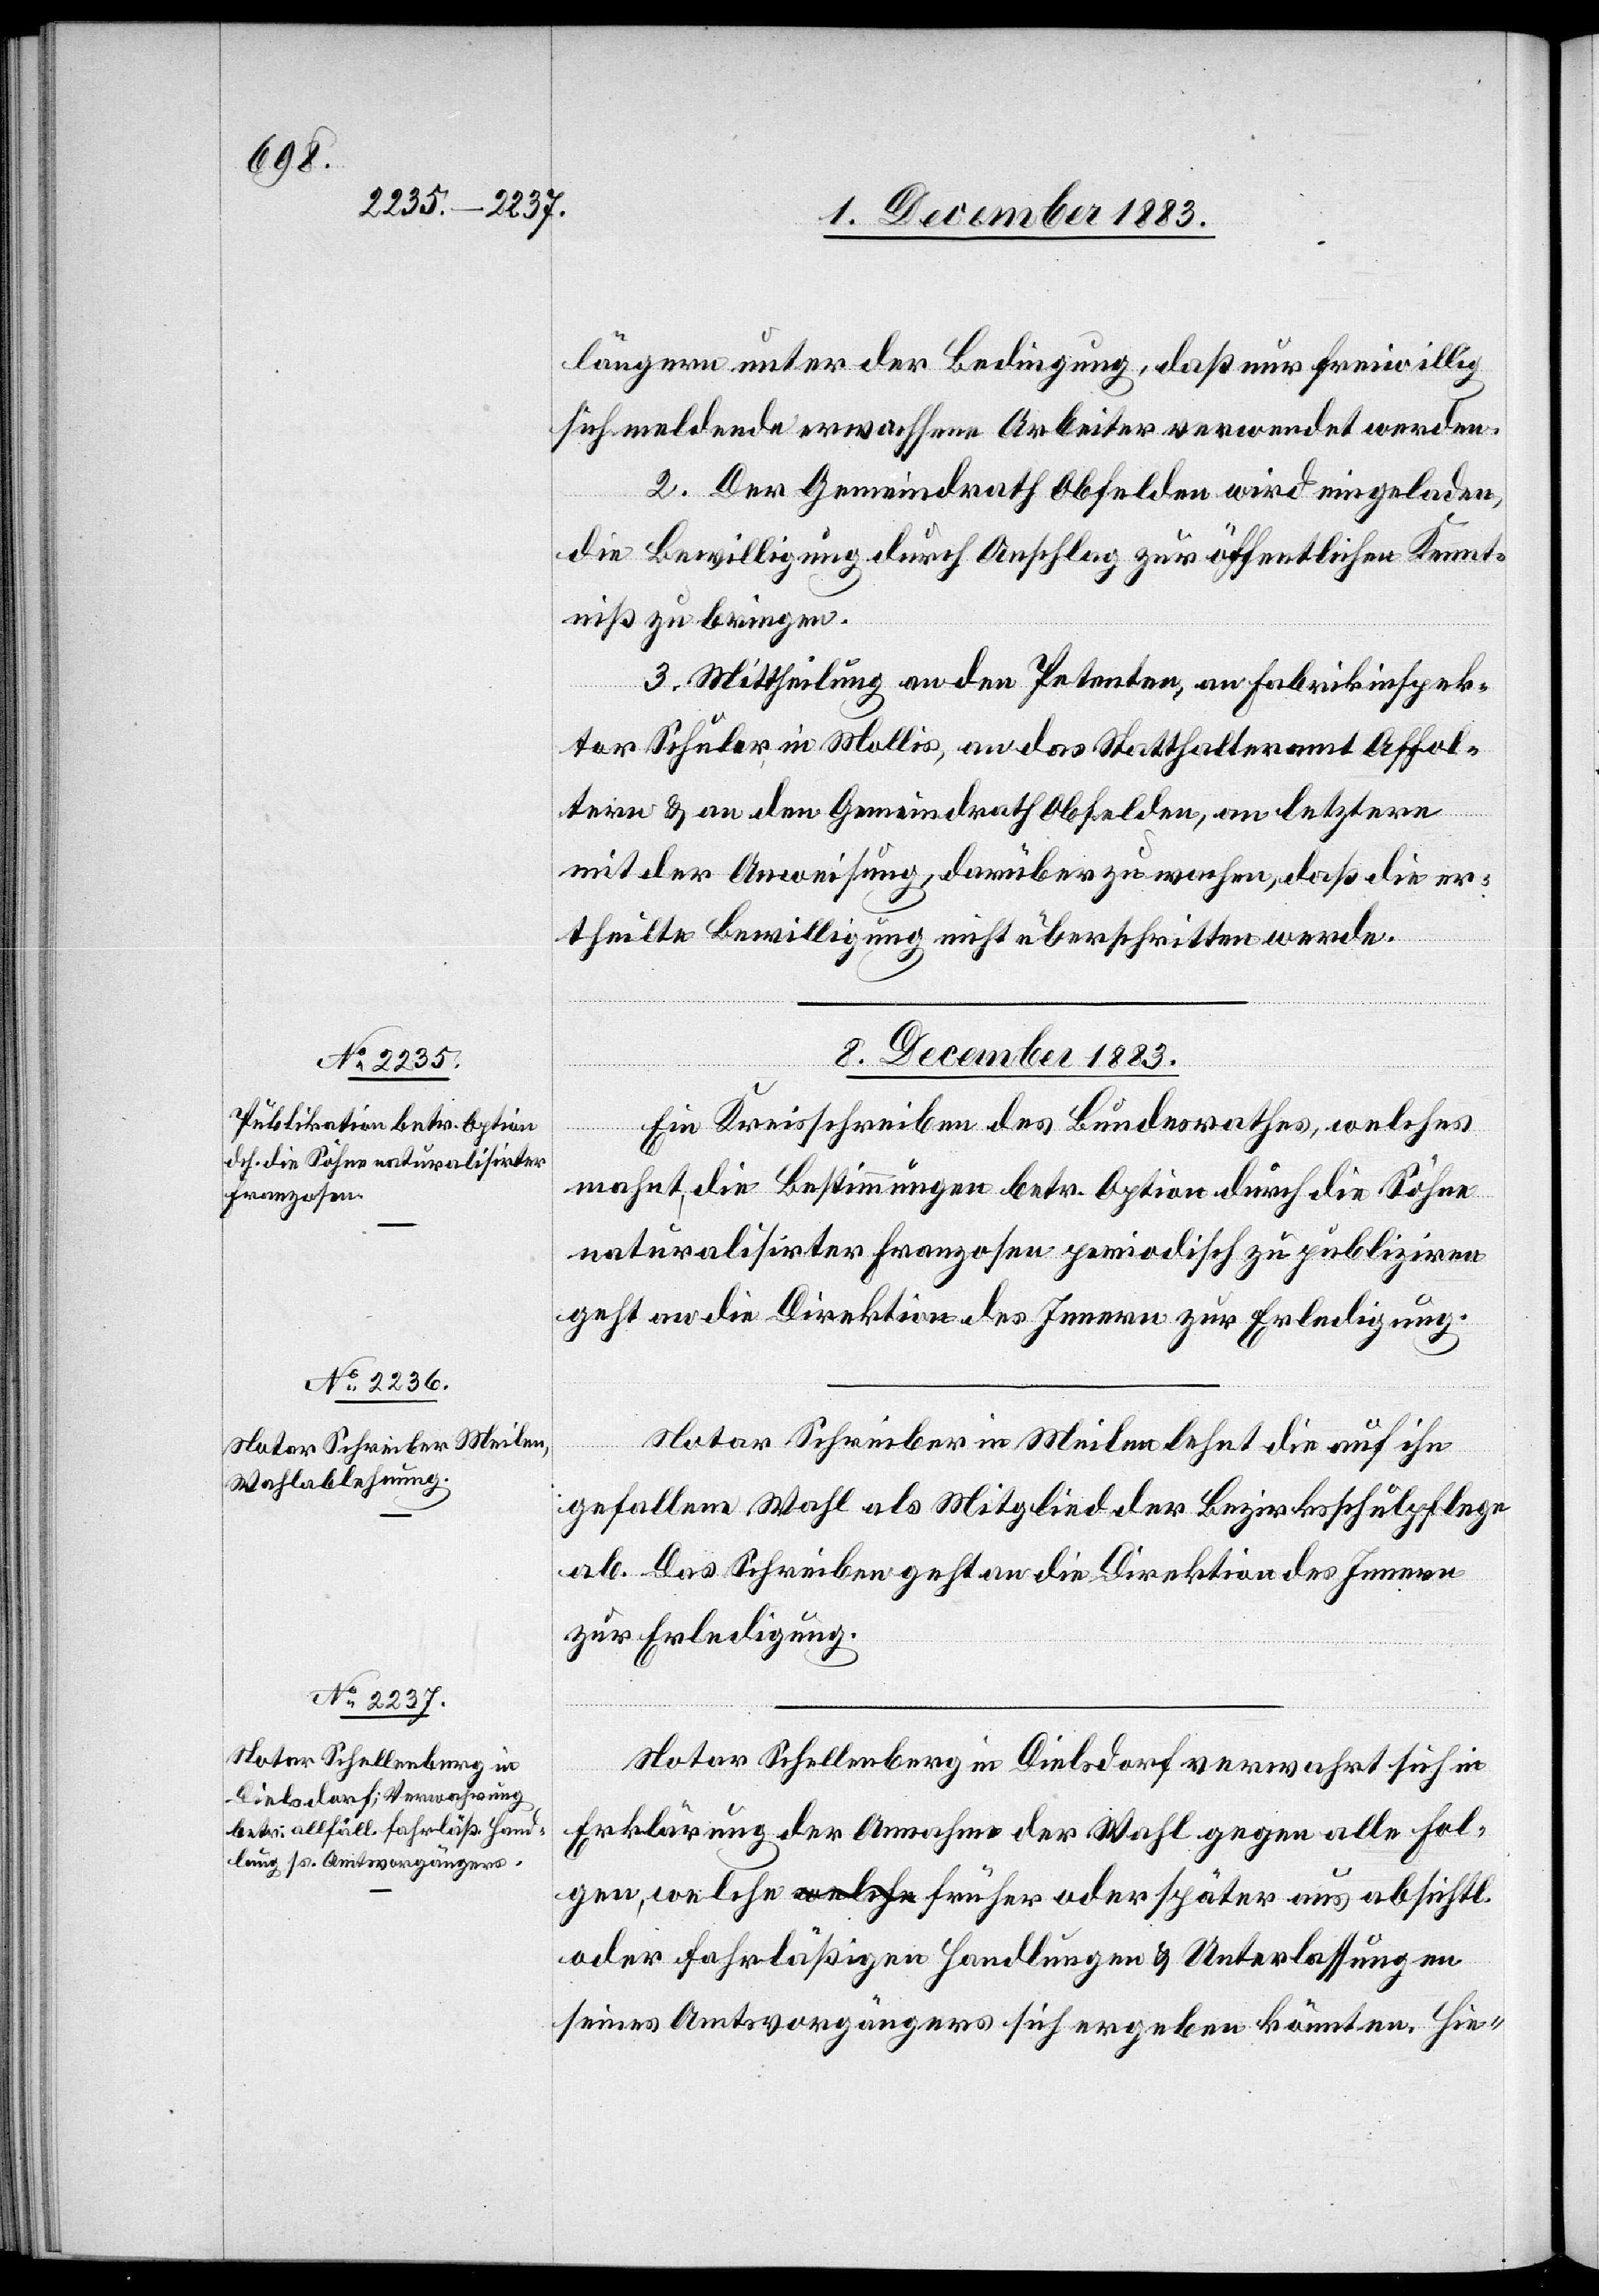
8. December 1883.]
längern unter der Bedingung, daß nur freiwillig
sich meldende erwachsene Arbeiter verwendet werden.
2. Der Gemeindrath Obfelden wird eingeladen,
die Bewilligung durch Anschlag zur öffentlichen Kennt¬
niß zu bringen.
3. Mittheilung an den Petenten, an Fabrikinspek¬
tor Schuler in Mollis, an das Statthalteramt Affol¬
tern & an den Gemeindrath Obfelden, an letztere
mit der Anweisung, darüber zu wachen, daß die er¬
theilte Bewilligung nicht überschritten werde.
8. December 1883.
Ein Kreisschreiben des Bundesrathes, welches
mahnt, die Bestimmungen betr. Option durch die Söhne
naturalisirter Franzosen periodisch zu publiziren
geht an die Direktion des Innern zur Erledigung.
Notar Schreiber in Meilen lehnt die auf ihn
gefallene Wahl als Mitglied der Bezirksschulpflege
ab. Das Schreiben geht an die Direktion des Innern
zur Erledigung.
Notar Schellenberg in Dielsdorf verwahrt sich in
Erklärung der Annahme der Wahl gegen alle Fol¬
gen, welche früher oder später aus absichtl.
oder fahrläßigen Handlungen & Unterlassungen
seines Amtsvorgängers sich ergeben könnten. Hie-